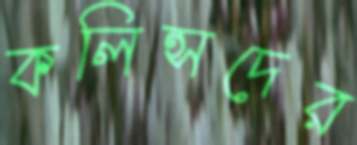
কলিন্সদের